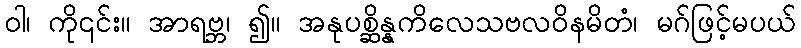
ဝါ၊ ကို၎င်း။ အာရဗ္ဘ၊ ၍။ အနုပစ္ဆိန္နကိလေသဗလဝိနမိတံ၊ မဂ်ဖြင့်မပယ်